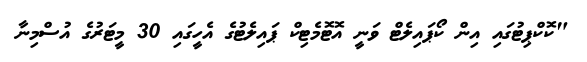
"ކޮކްޕިޓުގައި އިން ކޯޕައިލެޓް ވަނީ އޮޓޮމެޓިކް ޕައިލެޓުގެ އެހީގައި 30 މީޓަރުގެ އުސްމިނާ